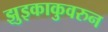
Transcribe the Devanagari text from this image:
झुइकाकुवरुन